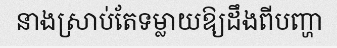
នាងស្រាប់តែទម្លាយឱ្យដឹងពីបញ្ហា